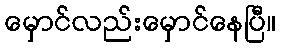
မှောင်လည်းမှောင်နေပြီ။